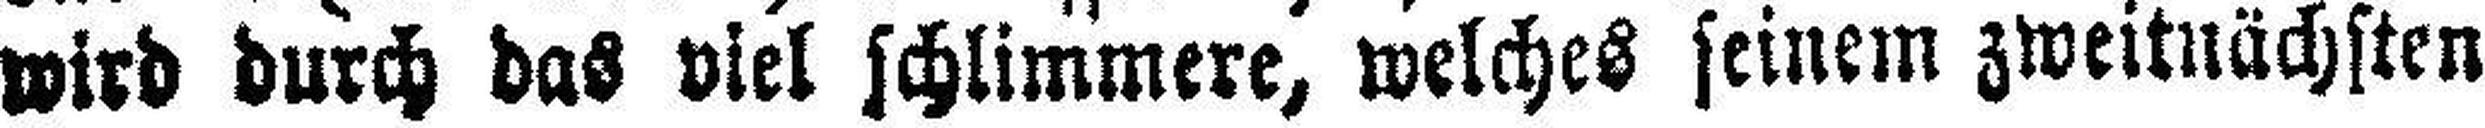
wird durch das viel schlimmere, welches seinem zweitnächsten